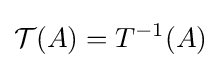
{\mathcal {T}}(A)=T^{-1}(A)